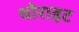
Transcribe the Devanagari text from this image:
थोराइट